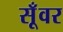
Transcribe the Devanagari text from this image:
सूँवर